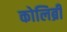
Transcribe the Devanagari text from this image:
कोलिब्री